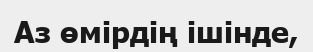
Аз өмірдің ішінде,